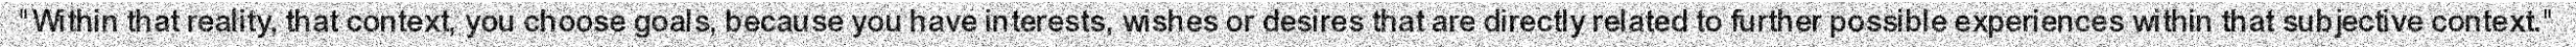
"Within that reality, that context, you choose goals, because you have interests, wishes or desires that are directly related to further possible experiences within that subjective context."